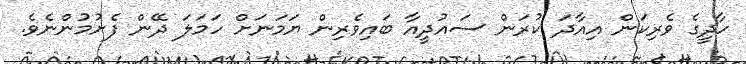
ހާދީގެ ވެރިކަން އިއާދަ ކުރަން ސައުދީއާ ބައިވެރިން ޔަމަނަށް ހަމަލަ ދޭން ފެށުމުންނެވެ.